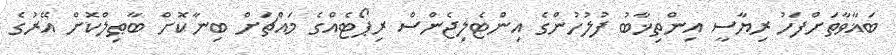
ބަޣާވާތަށްފަހު ރިޔާސީ އިންތިޚާބު ފުލުހުންގެ އިންޓެލިޖެންސް ރިޕޯޓެއްގެ މައްޗަށް ބިނާކޮށް ބާޠިލްކޮށް އޭރުގެ